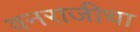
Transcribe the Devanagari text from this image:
वनराजीचा